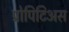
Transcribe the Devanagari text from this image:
प्रोपिटिअस